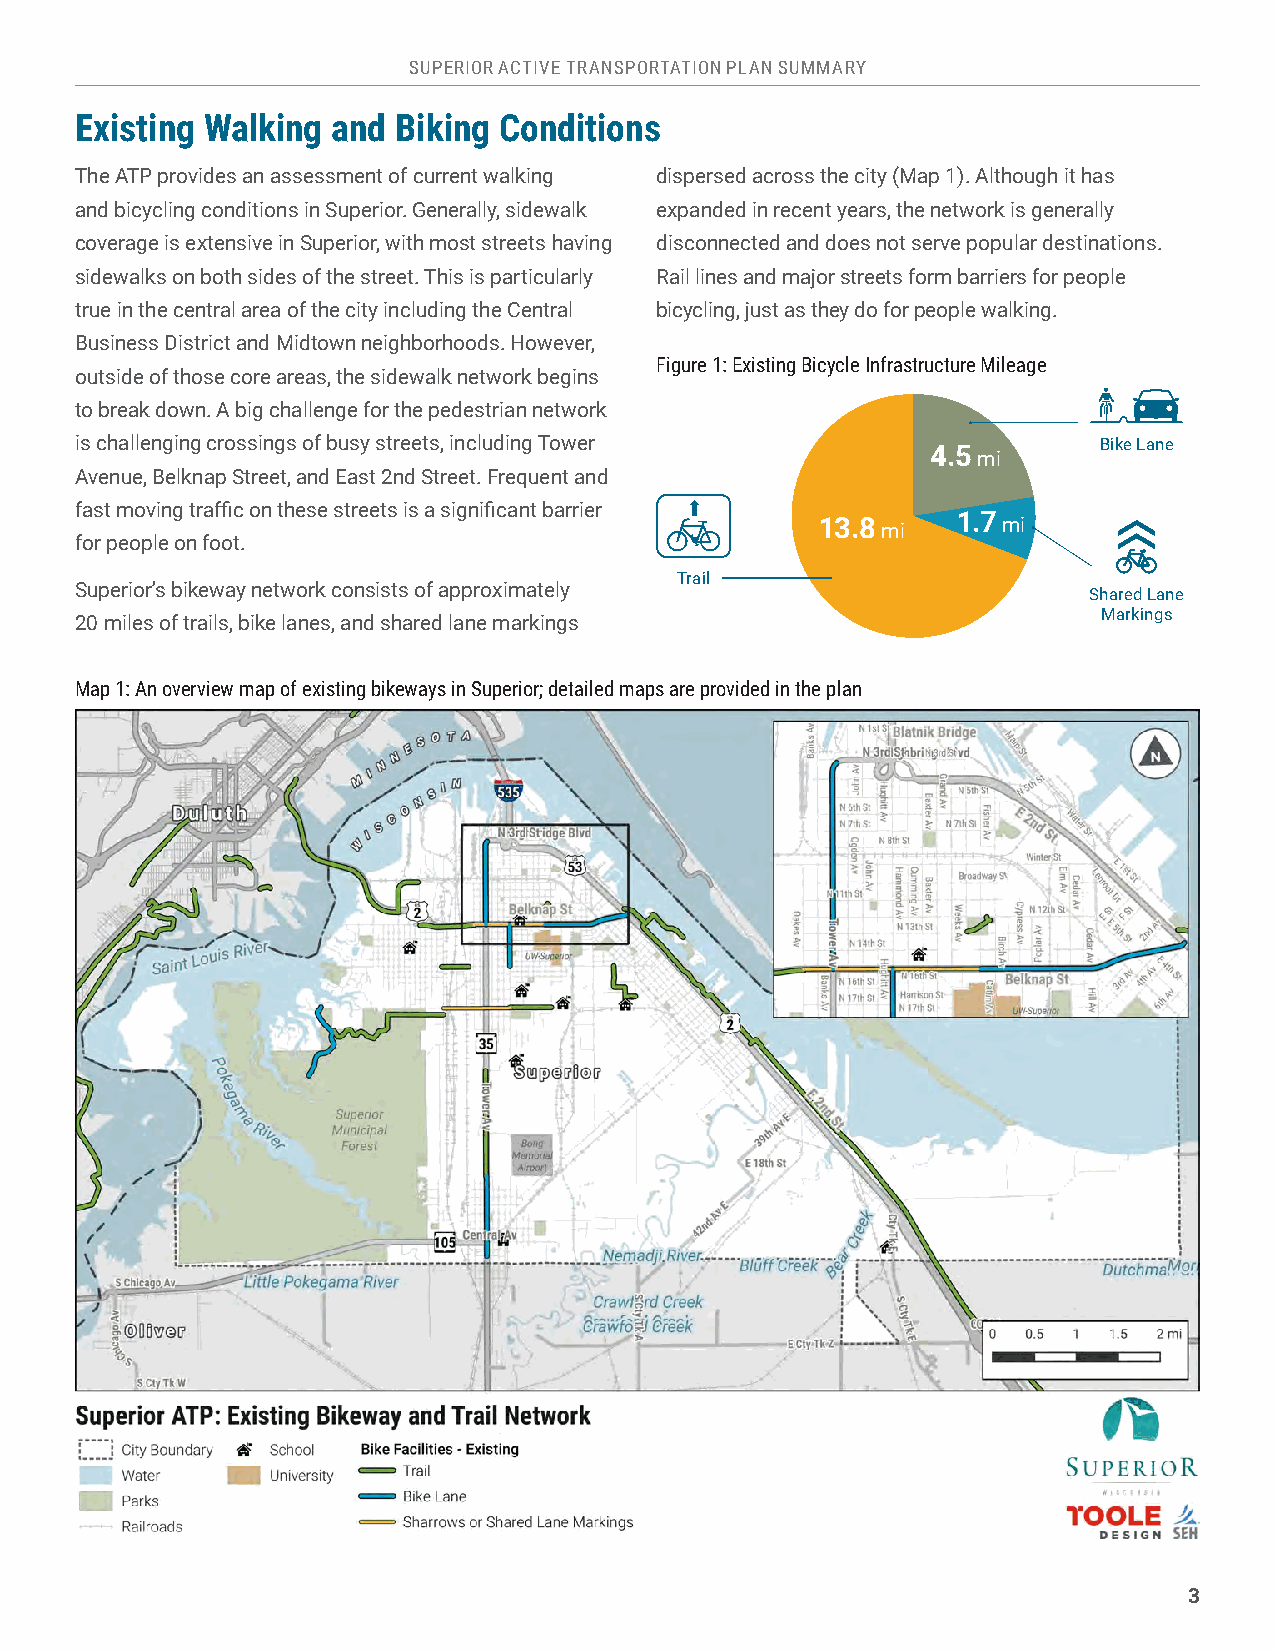
SUPERIOR ACTIVE TRANSPORTATION PLAN SUMMARY
 Existing Walking and Biking Conditions
 The ATP provides an assessment of current walking dispersed across the city (Map 1). Although it has
 and bicycling conditions in Superior. Generally, sidewalk expanded in recent years, the network is generally
 coverage is extensive in Superior, with most streets having disconnected and does not serve popular destinations.
 sidewalks on both sides of the street. This is particularly Rail lines and major streets form barriers for people
 true in the central area of the city including the Central bicycling, just as they do for people walking.
 Business District and Midtown neighborhoods. However,
 Figure 1: Existing Bicycle Infrastructure Mileage
 outside of those core areas, the sidewalk network begins
 to break down. A big challenge for the pedestrian network
 is challenging crossings of busy streets, including Tower           Bike Lane
 4.5 mi
 Avenue, Belknap Street, and East 2nd Street. Frequent and
 fast moving traffic on these streets is a significant barrier
 13.8 mi  1.7 mi
 for people on foot.
 Trail
 Superior’s bikeway network consists of approximately               Shared Lane
 Markings
 20 miles of trails, bike lanes, and shared lane markings
 Map 1: An overview map of existing bikeways in Superior; detailed maps are provided in the plan
 3